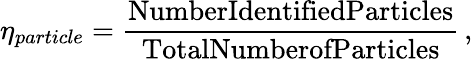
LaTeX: \eta_{particle}=\frac{\textrm{NumberIdentifiedParticles}}{\textrm{TotalNumberofParticles}}\, ,